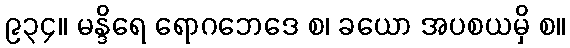
၉၃၄။ မန္ဒိရေ ရောဂဘေဒေ စ၊ ခယော အပစယမှိ စ။